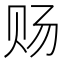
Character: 𰷟